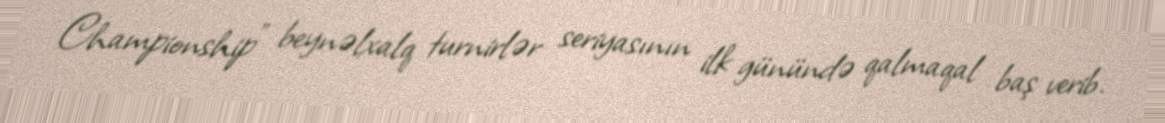
Championship” beynəlxalq turnirlər seriyasının ilk günündə qalmaqal baş verib.